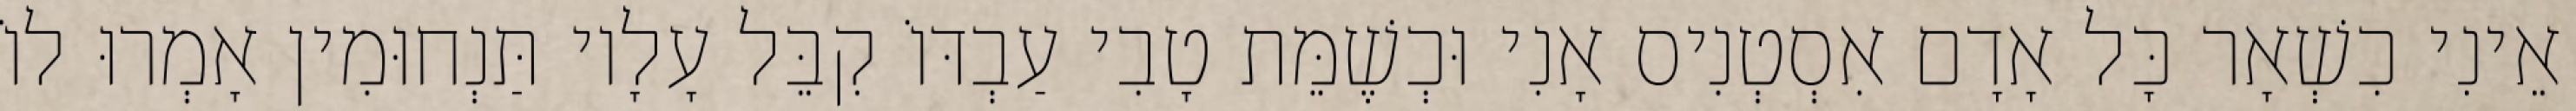
אֵינִי כִשְׁאָר כָּל אָדָם אִסְטְנִיס אָנִי וּכְשֶׁמֵּת טָבִי עַבְדּוֹ קִבֵּל עָלָיו תַּנְחוּמִין אָמְרוּ לוֹ